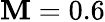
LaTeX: \mathbf{M}=0.6